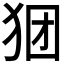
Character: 𪺺